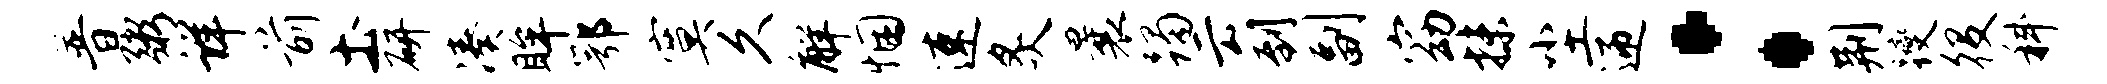
普粥详前土研凑眸鄂寞久解悃速炙曩躅云到副窈抹尘迎：荆躞役科